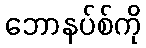
ဘောနပ်စ်ကို